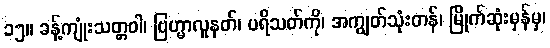
၁၅။ ခန့်ကျုံးသတ္တဝါ၊ ဗြဟ္မာလူနတ်၊ ပရိသတ်ကို၊ အကျွတ်သုံးတန်၊ မြိုက်ဆုံးမှန်မှ၊